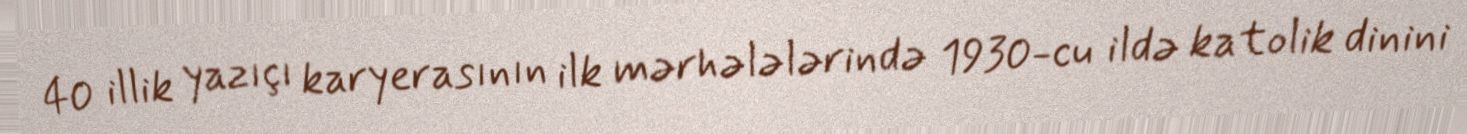
40 illik yazıçı karyerasının ilk mərhələlərində 1930-cu ildə katolik dinini